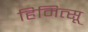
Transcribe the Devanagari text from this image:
हिमित्सू